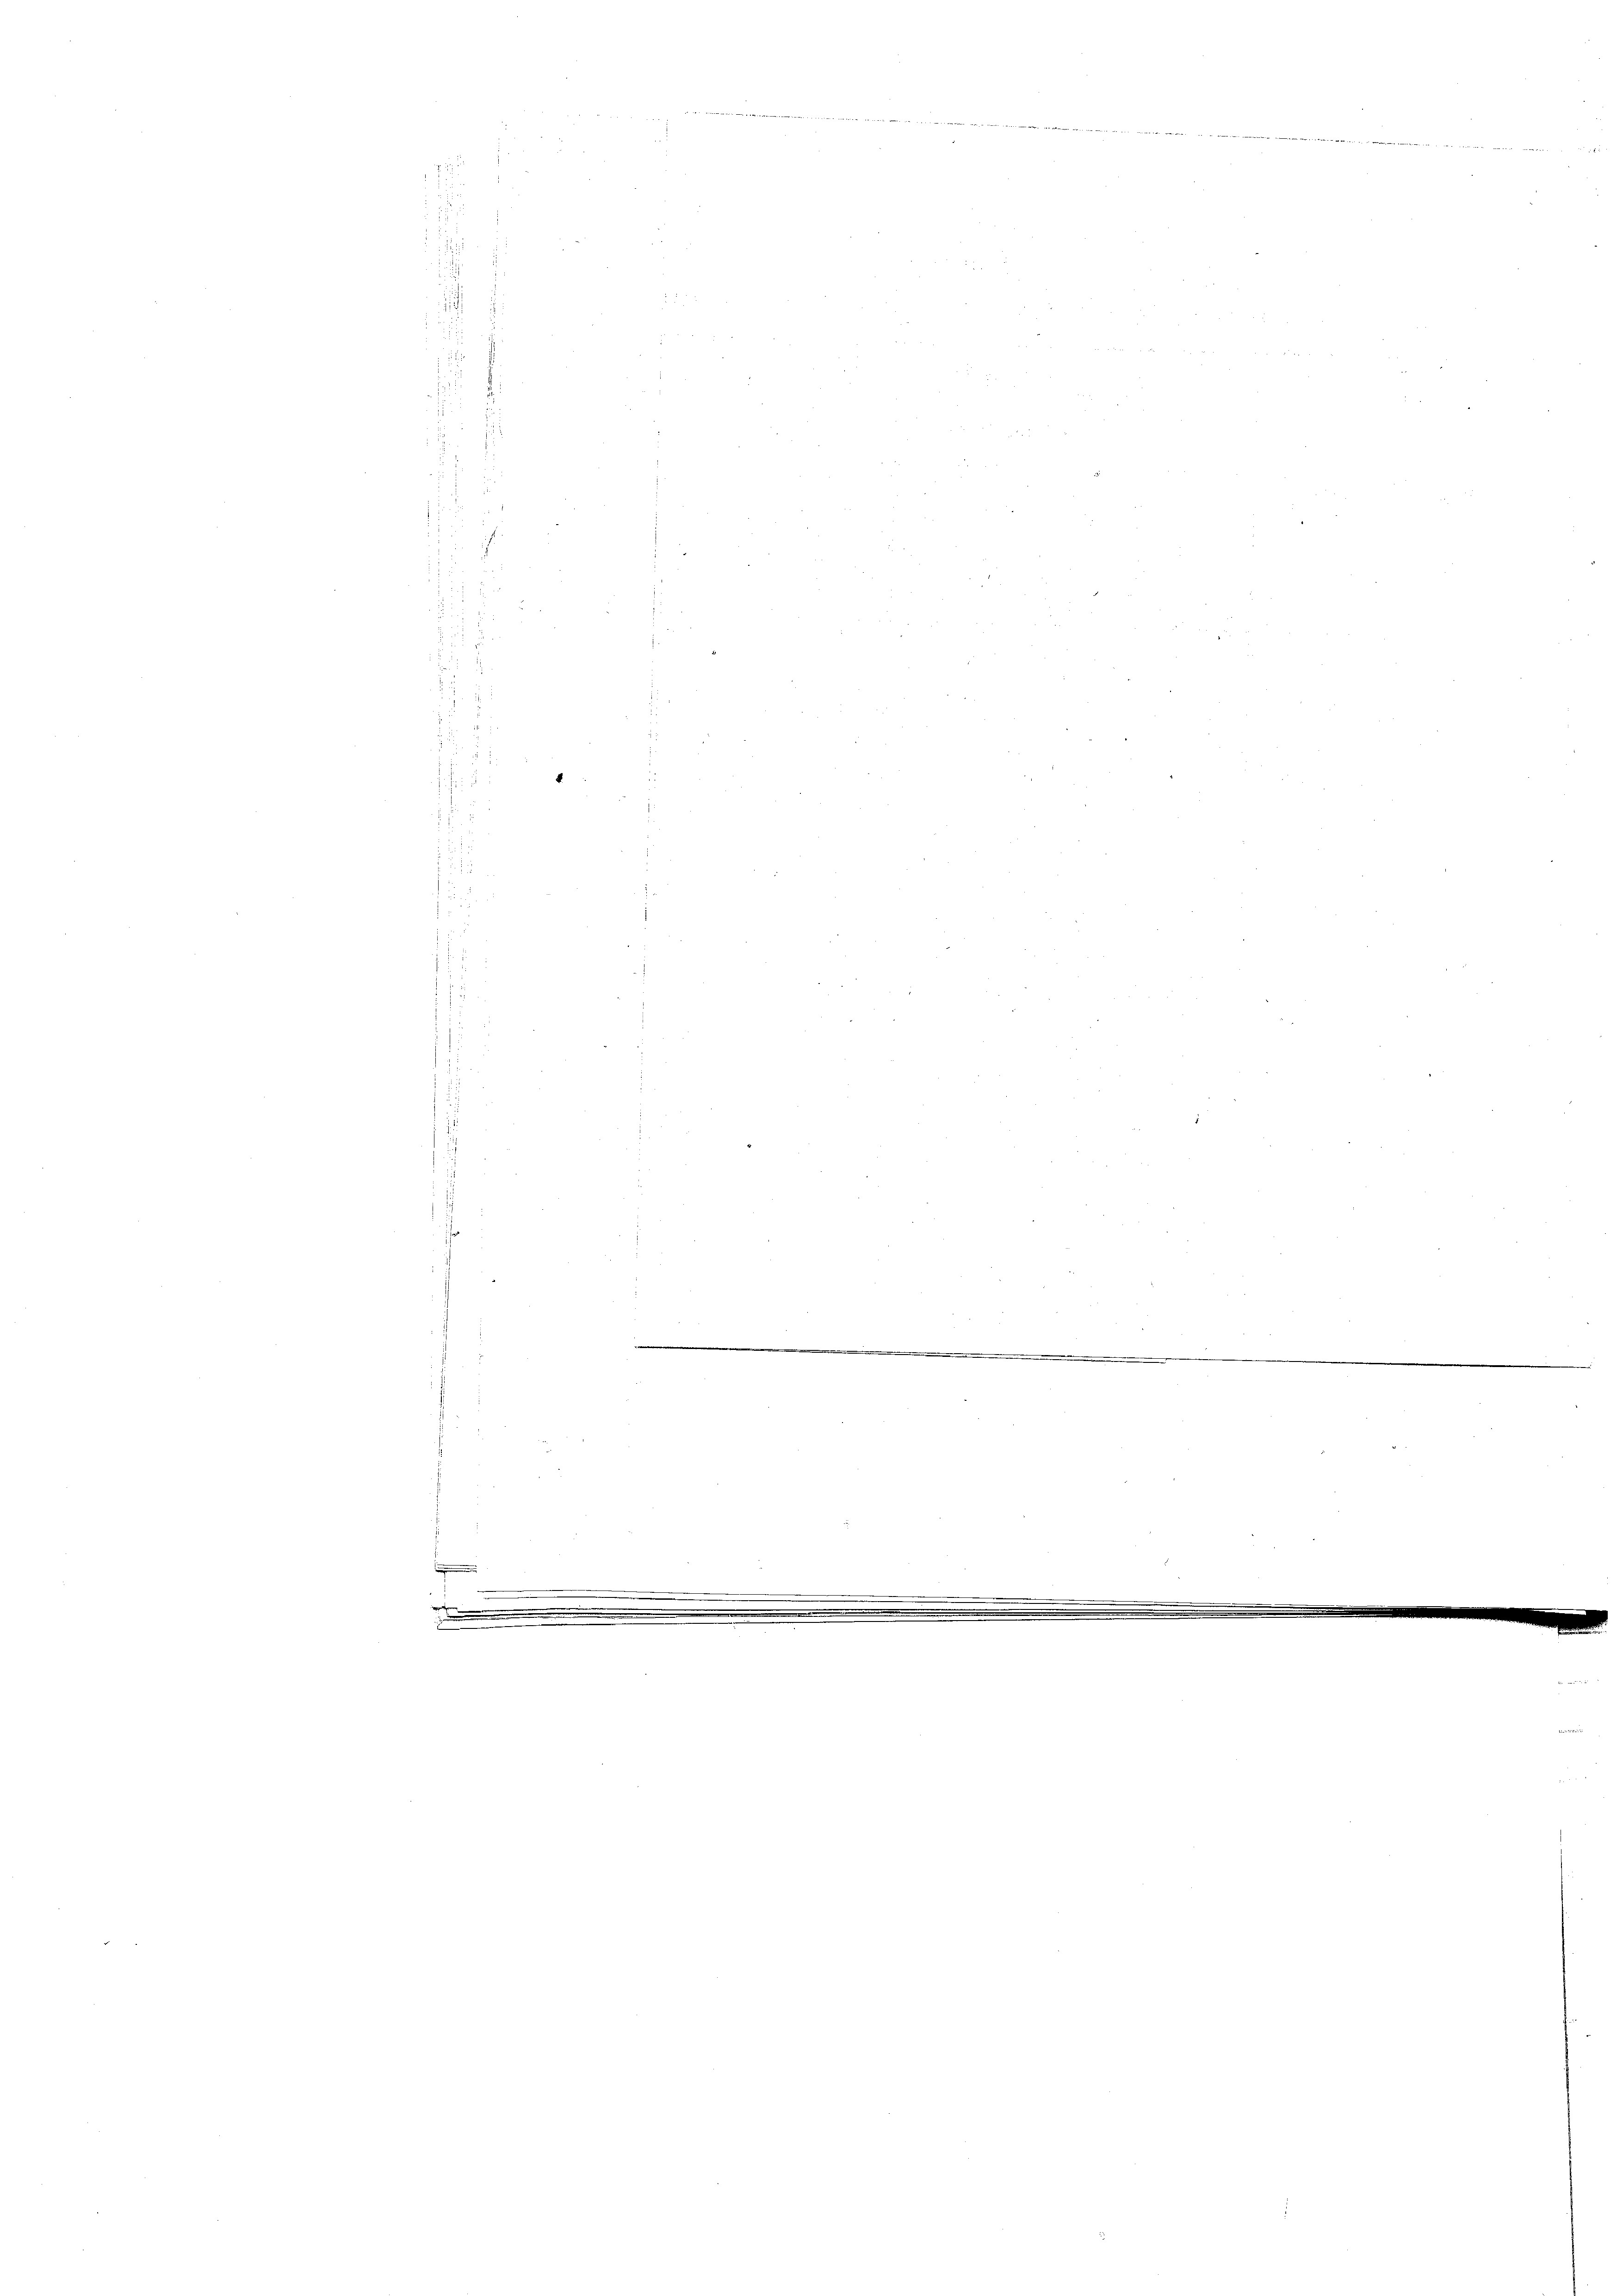
i
h
.

d

3

.

e

i
d
2
e
e

4

me- |

.

e